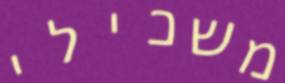
משכילי